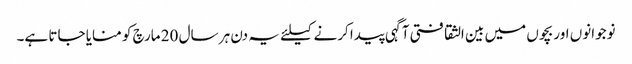
نوجوانوں اور بچوں میں بین الثقافتی آگہی پیدا کرنے کیلئے یہ دن ہر سال 20 مارچ کو منایا جاتا ہے۔